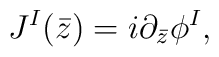
J^{I}(\bar{z})=i \partial_{\bar{z}}\phi^{I},